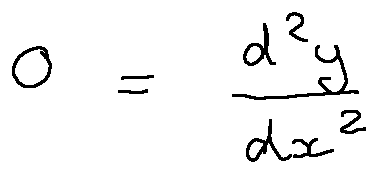
0 = \frac { d ^ { 2 } y } { d x ^ { 2 } }